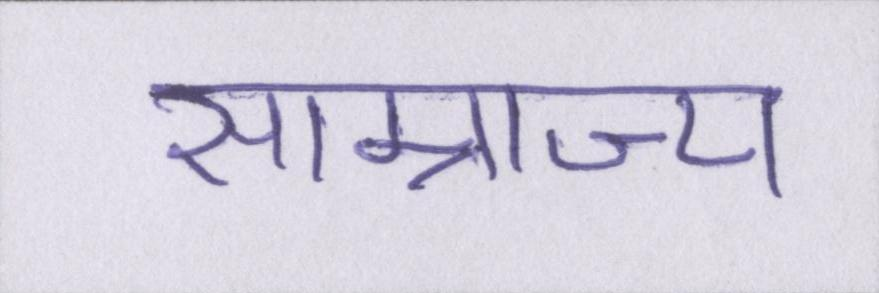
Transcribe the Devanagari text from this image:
साम्राज्य